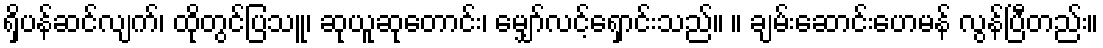
ရှိပန်ဆင်လျက်၊ ထိုတွင်ပြသူ၊ ဆုယူဆုတောင်း၊ မျှော်လင့်ရှောင်းသည်။ ။ ချမ်းဆောင်းဟေမန် လွန်ပြီတည်း။